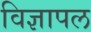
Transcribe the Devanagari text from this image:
विज्ञापल